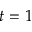
t = 1